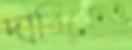
দাবিকেও